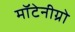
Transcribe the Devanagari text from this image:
मॉटेनीग्रो